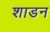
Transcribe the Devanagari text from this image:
शाडन